Language: tamil
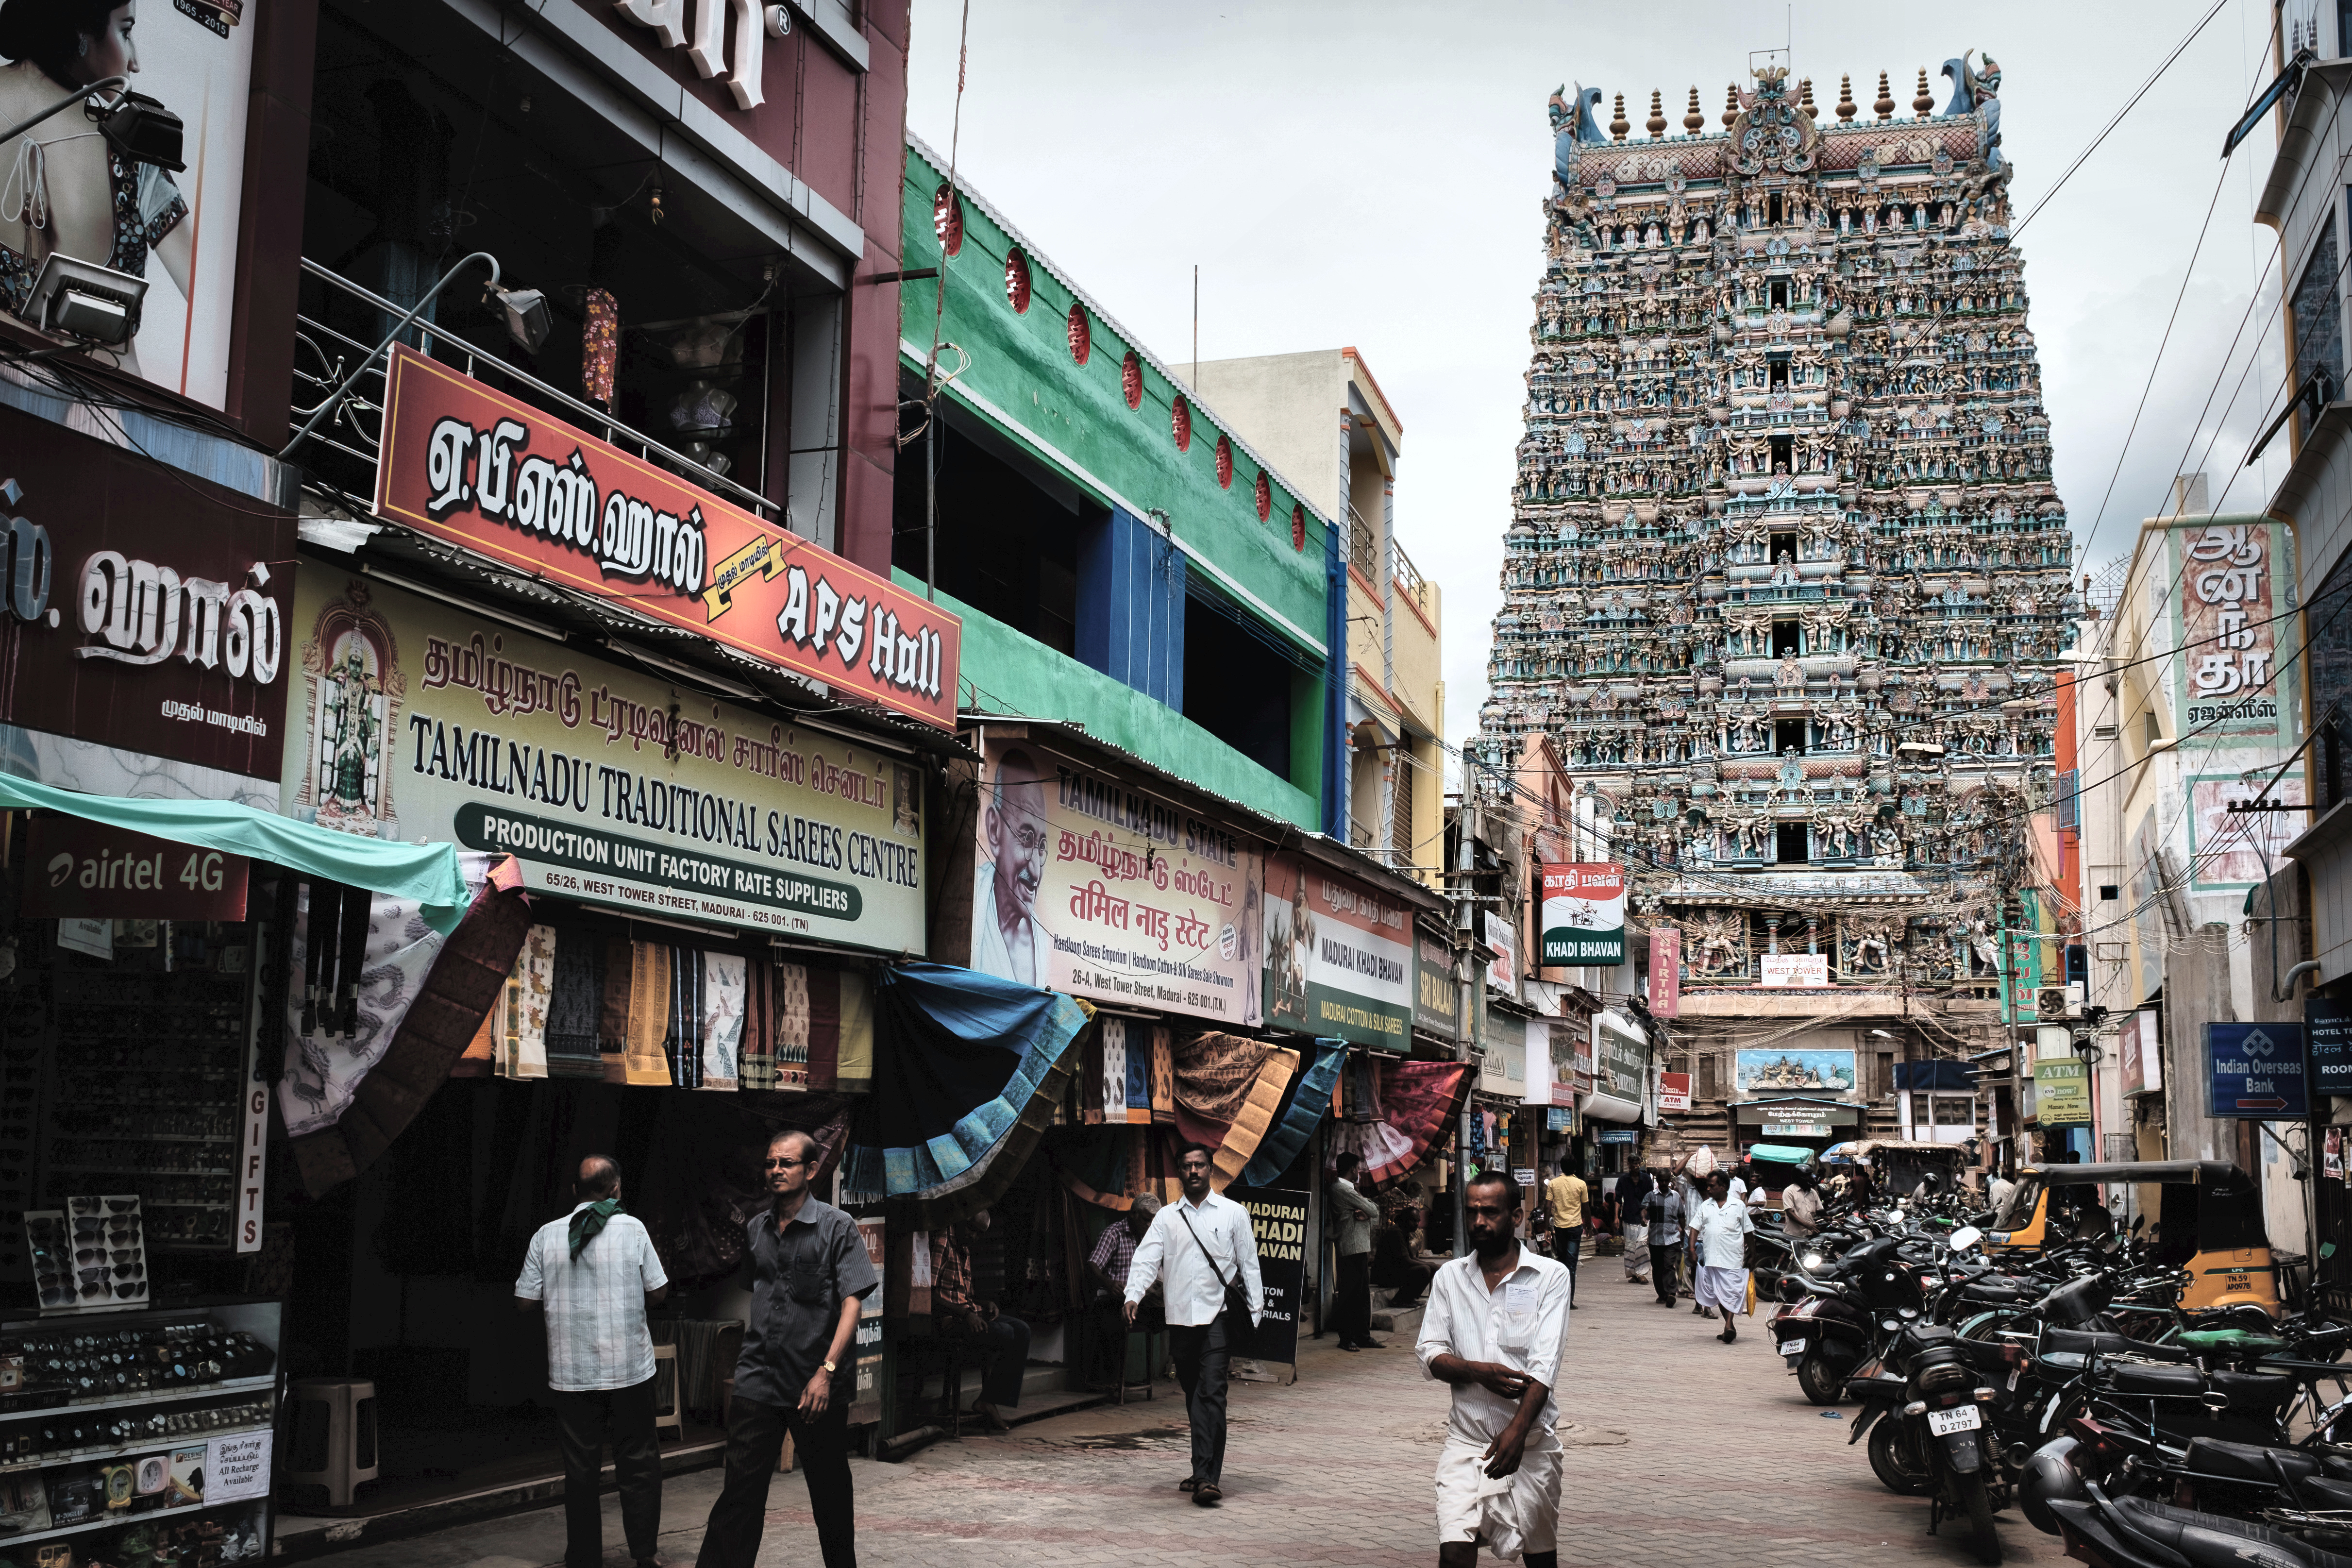
Transcription: ஆ சென்ட் ன ந் தா முதல் தமிழ்நாடு தமிழ்நாடு பவன் ஹால் எஸ் ஹால் ஏ காதி சாரீஸ் மாடியில் பி ஸ்டேட்